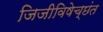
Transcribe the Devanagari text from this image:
जिजीविषेच्छंत